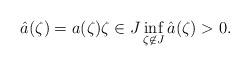
LaTeX: \begin{align*}\hat{a}(\zeta) = a(\zeta) \zeta \in J \inf_{\zeta \not \in J} \hat{a}(\zeta) > 0. \end{align*}